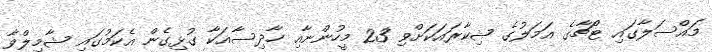
މައްސަލާގައި ޓޯޗާގެ އަމަލުގެ ޝިކާރައަކަށްވި 23 މީހުންނާއި ހާދިސާއަކާ ގުޅިގެން އެކަމުގައި ޝާމިލްވާ